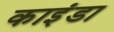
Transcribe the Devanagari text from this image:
काइंडा